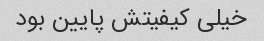
خیلی کیفیتش پایین بود